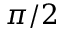
\pi / 2